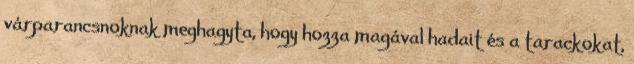
várparancsnoknak meghagyta, hogy hozza magával hadait és a tarackokat,